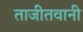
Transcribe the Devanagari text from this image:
ताजीतवानी